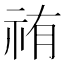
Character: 𮁰